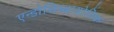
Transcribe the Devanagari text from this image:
एन्डोसिम्बायोटिक